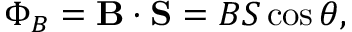
\Phi _ { B } = \mathbf { B } \cdot \mathbf { S } = B S \cos \theta ,